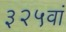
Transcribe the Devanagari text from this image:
३२५वां